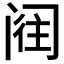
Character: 𮤵